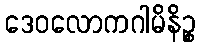
ဒေဝလောကဂါမိနိဉ္စ